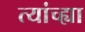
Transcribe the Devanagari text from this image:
त्यांच्ह्या